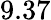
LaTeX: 9.37